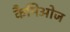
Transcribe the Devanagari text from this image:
कैमिओज